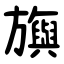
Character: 旟